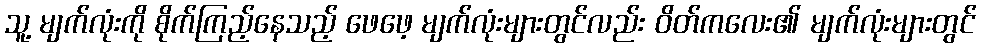
သူ့ မျက်လုံးကို စိုက်ကြည့်နေသည့် ဖေဖေ့ မျက်လုံးများတွင်လည်း ဝိတ်ကလေး၏ မျက်လုံးများတွင်